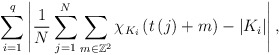
\begin{align*}\sum_{i=1}^{q}\left\vert \frac{1}{N}\sum_{j=1}^{N}\sum_{m\in\mathbb{Z}^{2}}\chi_{K_{i}}\left( t\left( j\right) +m\right) -\left\vert K_{i}\right\vert \right\vert ,\end{align*}